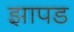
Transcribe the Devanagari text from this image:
झापड